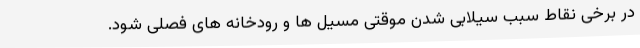
در برخی نقاط سبب سیلابی شدن موقتی مسیل ها و رودخانه های فصلی شود.